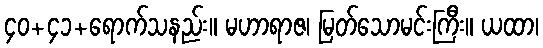
၄၀+၄၁+ရောက်သနည်း။ မဟာရာဇ၊ မြတ်သောမင်းကြီး။ ယထာ၊